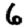
Digit: 6